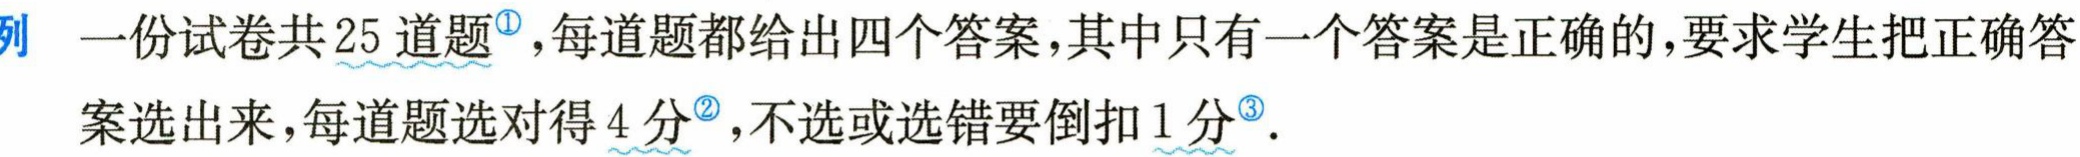
例 一份试卷共 25 道题\(^{\circled{1}}\)，每道题都给出四个答案，其中只有一个答案是正确的，要求学生把正确答案选出来，每道题选对得 4 分\(^{\circled{2}}\)，不选或选错要倒扣 1 分\(^{\circled{3}}\).